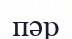
пәр